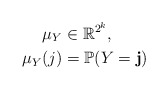
\begin{align*}\mu_Y& \in \mathbb{R}^{2^k}, \\\mu_Y (j)& = \mathbb{P}(Y = \mathbf{j})\end{align*}